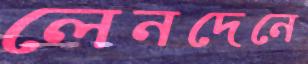
লেনদেনে